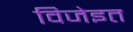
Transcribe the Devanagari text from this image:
विजेइत